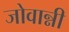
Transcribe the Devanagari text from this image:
जोवान्नी